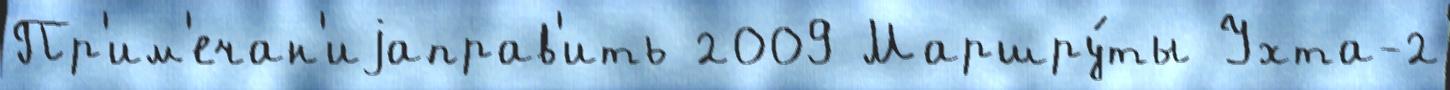
Пр'им'ечан'иjаправ'ить 2009 Маршру́ты Ухта-2